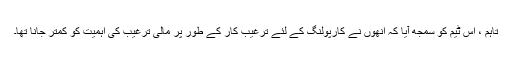
تاہم ، اس ٹیم کو سمجھ آیا کہ انھوں نے کارپولنگ کے لئے ترغیب کار کے طور پر مالی ترغیب کی اہمیت کو کمتر جانا تھا۔